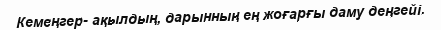
Кемеңгер- ақылдың, дарынның ең жоғарғы даму деңгейі.